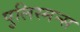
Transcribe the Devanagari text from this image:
पुलिस्मन्स